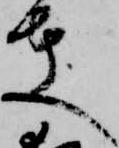
夫